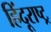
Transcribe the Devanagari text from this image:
हिंदूराष्ट्र